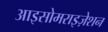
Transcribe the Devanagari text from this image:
आइसोमराइज़ेशन